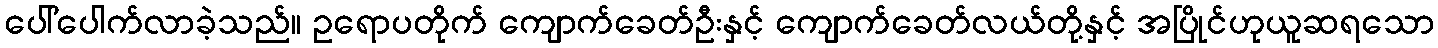
ပေါ်ပေါက်လာခဲ့သည်။ ဥရောပတိုက် ကျောက်ခေတ်ဦးနှင့် ကျောက်ခေတ်လယ်တို့နှင့် အပြိုင်ဟုယူဆရသော